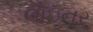
લોઇનર